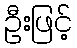
ဦးဖြင့်